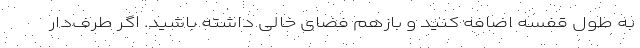
به طول قفسه اضافه کنید و بازهم فضای خالی داشته باشید. اگر طرف‌دار